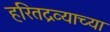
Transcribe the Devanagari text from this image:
हरितद्रव्याच्या